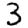
Digit: 3